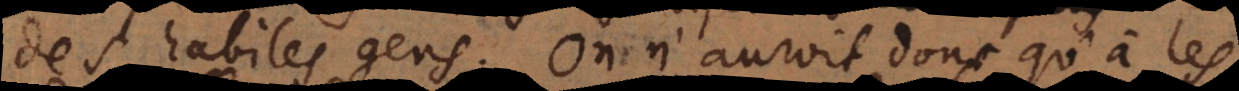
des habiles gens. On n’auroit donc qu’à les